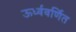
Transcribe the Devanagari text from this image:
ऊर्ध्ववर्णित